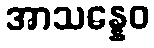
အာသန္နေဝ